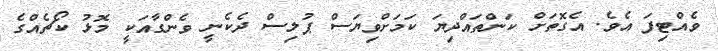
ވެއްޓިފަ އެވެ. އެގޮތަށް ކަންތައްދިޔަ ކަމަށްވިޔަސް ޕުލިސް ދެކެނީ ވެންގާއަކީ މޮޅު ކޯޗެއްގެ